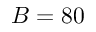
B = 8 0